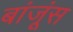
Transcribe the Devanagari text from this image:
बांजूंस